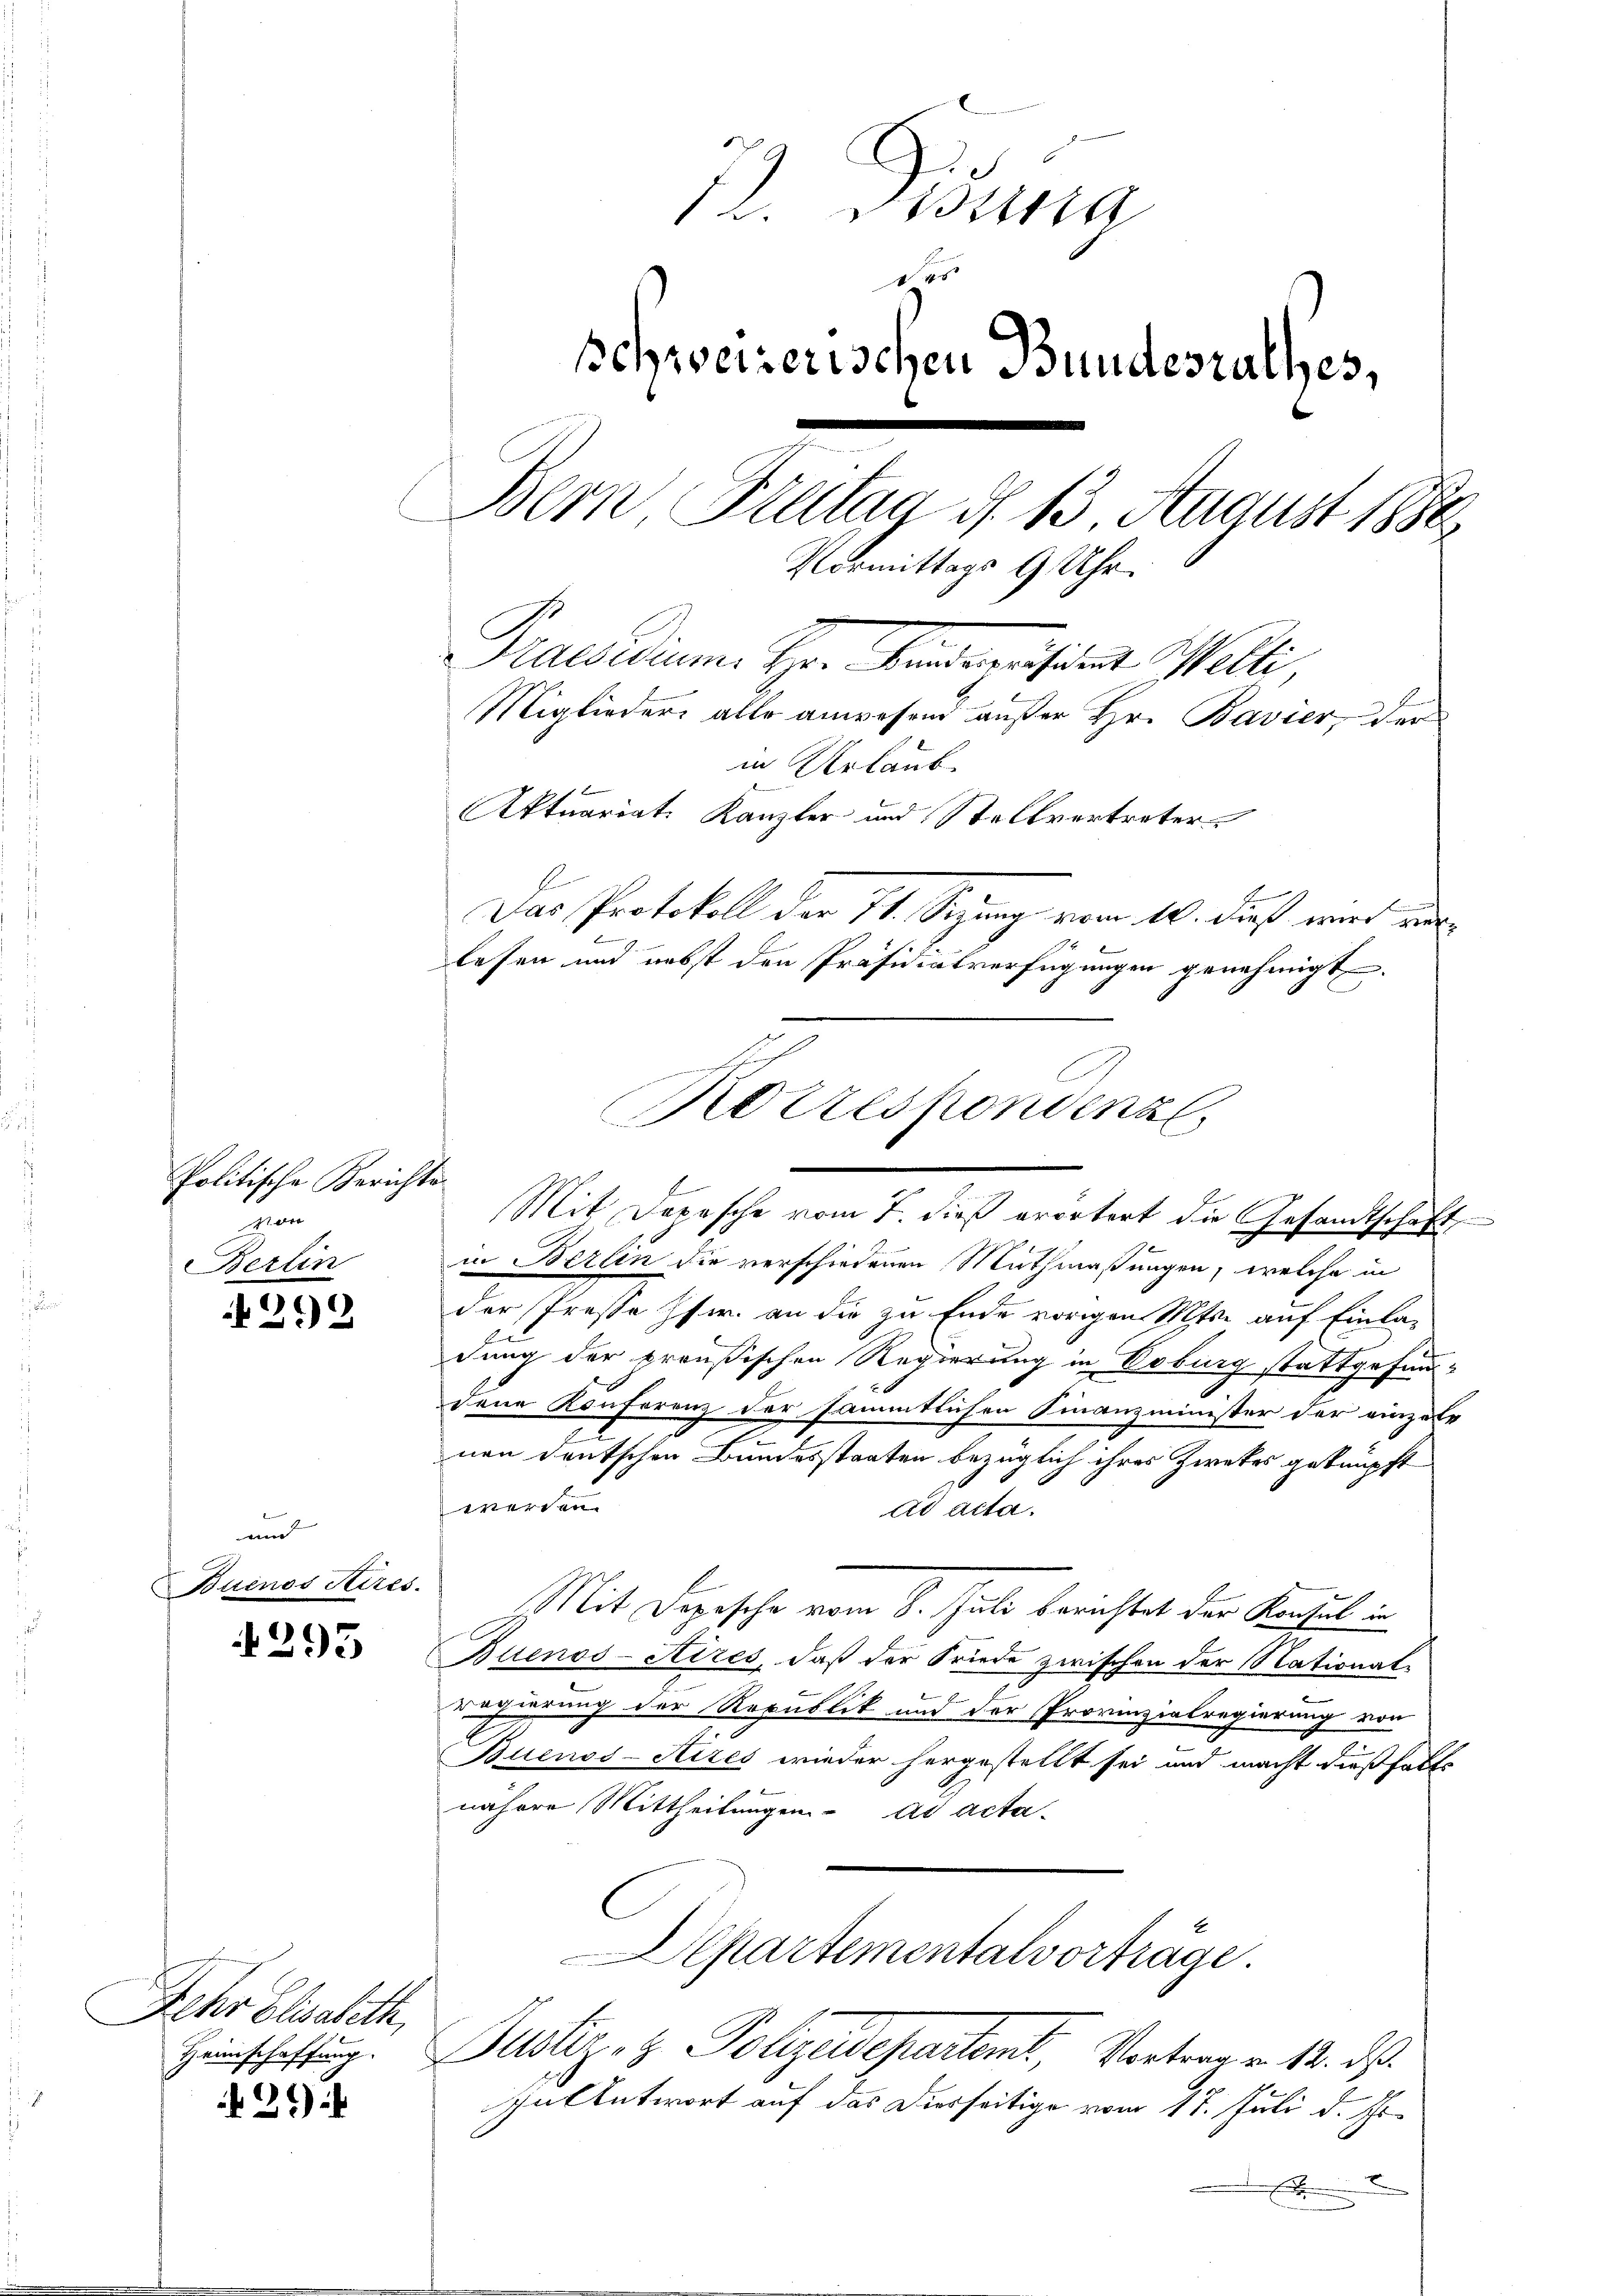
Politische Berichts¬
Mar
erten

22

und
Buenos Aires.

1295

Dehr Elisabeth,

21)

l. Fidung
schweizerischen Bundesrathes,
Bern, Tratae d. 13 August 1886
Vormittags 9 Uhr.
Praesidum. Hr. Kammensiret. Welti
Miglieder alle anwesend außer Hr. Bavier, der
in Urlaube
Aktuariat. Kanzler und Stellvertreter
Das Protokoll der 74. Sizung vom 10. dieß wird au
lesen und nebst den Präsidialverfügungen genehmigt.

Korrespondenzl
E
Mit Depesche vom 7. dieß erörtert die Gesandtschaft

in Berlin die verschiedenen Muthmaßungen, welche in
der Presse Pfr. an die zu Ende vorigen Mts. auf Einla-
dung der preußischen Regierung in Erburg stattgefunddene Konferenz der sämmtlichen Finanzminister der einzelr
nen deutschen Bundesstaaten bezüglich ihres Zwekes geknüpft
werden
ad acta.
Mit Depesche vom 8. Juli berichtet der Konsul in
Buenos-Aires, daß der Friede zwischen der Nationalregierung der Republik und der Provinzialregierung von
Buenos-Aires wieder hergestellt sei und macht dießfalls
nähere Mittheilungen ad acta-
Departementalvorträge.

Heinschaffung. Justiz- & Polizeidepartemt, Vortrag v. 12. ds.

In Antwort auf das Dierseitige vom 17. Juli d. Js.